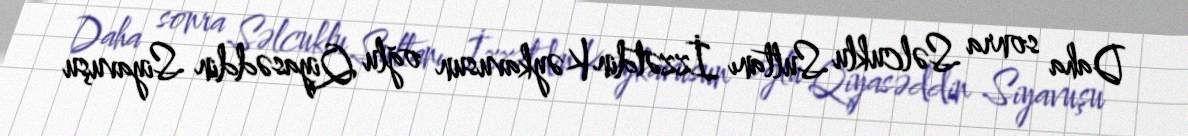
Daha sonra Səlcuklu Sultanı İzzətdin Kəykavusun oğlu Qiyasəddin Siyavuşu